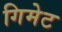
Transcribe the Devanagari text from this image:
गिमेट